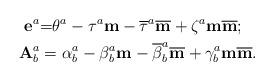
LaTeX: \begin{align*}\mathbf{\mathbf{e}}^{a} & \mathbf{=}\theta^{a}-\tau^{a}\mathbf{m}-\overline{\tau}^{a}\overline{\mathbf{m}}+\zeta^{a}\mathbf{m}\overline{\mathbf{m}};\\\mathbf{A}_{b}^{a} & =\alpha_{b}^{a}-\beta_{b}^{a}\mathbf{m}-\overline{\beta}_{b}^{a}\overline{\mathbf{m}}+\gamma_{b}^{a}\mathbf{m}\overline{\mathbf{m}}.\end{align*}